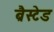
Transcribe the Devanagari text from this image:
ब्रैस्टेड